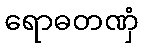
ရောဓတဏှံ